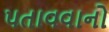
પતાવવાનો